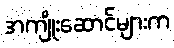
အကျိုးဆောင်များက